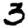
Digit: 3